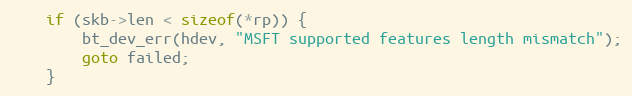
Language: C
	if (skb->len < sizeof(*rp)) {
		bt_dev_err(hdev, "MSFT supported features length mismatch");
		goto failed;
	}